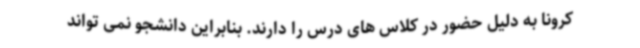
کرونا به دلیل حضور در کلاس های درس را دارند. بنابراین دانشجو نمی تواند